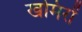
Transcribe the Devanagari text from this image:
खमिरों